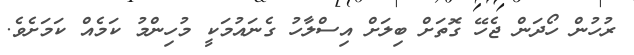
ރުހުން ހޯދަން ޖެހޭ ގޮތަށް ބިލަށް އިސްލާހު ގެނައުމަކީ މުހިންމު ކަމެއް ކަމަށެވެ.